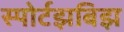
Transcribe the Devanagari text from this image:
स्पोर्टझबिझ